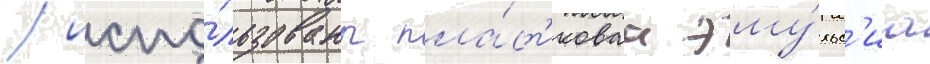
/ испо́льзованы пла́ст'иковаа эму́льс'иа